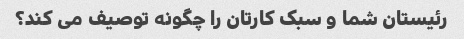
رئیستان شما و سبک کارتان را چگونه توصیف می کند؟